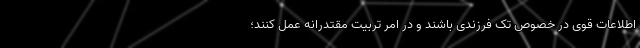
اطلاعات قوی در خصوص تک فرزندی باشند و در امر تربیت مقتدرانه عمل کنند؛